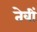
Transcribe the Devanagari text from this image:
तेवीं